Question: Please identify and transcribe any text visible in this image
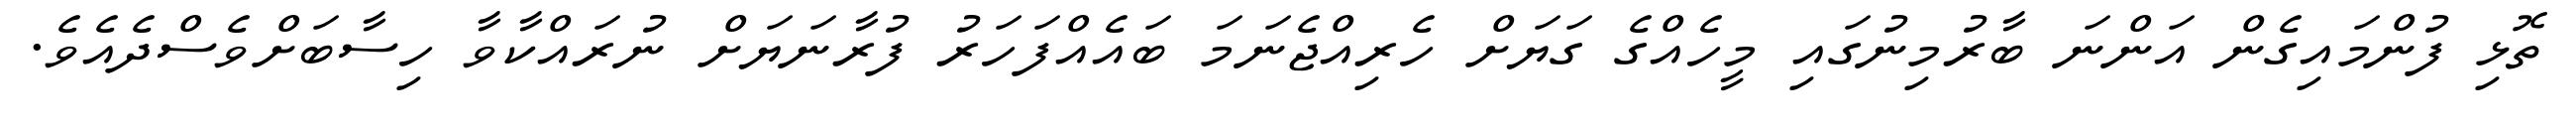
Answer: ތޮޅި ފުންމައިގެން އަންނަ ބާރުމިނުގައި މީހެއްގެ ގަޔަށް ހެރިއްޖެނަމަ ބައެއްފަހަރު ފުރާނަޔަށް ނުރައްކާވާ ހިސާބަށްވެސްދެއެވެ.